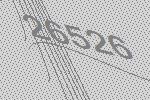
26526